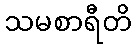
သမစာရီတိ